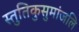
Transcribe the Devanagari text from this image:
स्तुतिकुसुमांजलि